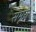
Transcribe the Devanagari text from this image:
समूरो